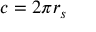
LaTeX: c = 2 \pi r _ { s } \,